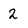
Character: 2